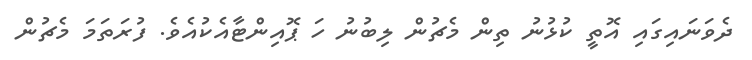
ދެވަނައިގައި އޮތީ ކުޅުނު ތިން މެޗުން ލިބުނު ހަ ޕޮއިންޓާއެކުއެވެ. ފުރަތަމަ މެޗުން